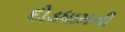
દોડધામની